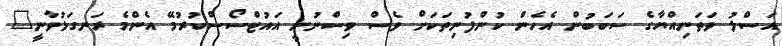
އަސްލު ވަތަނިއްޔާގެ ސަބަބުން އެހެން ކުންފުނިތަކަށް ވެސް ވިސްނުނީ އައުޓްސޯސްކުރުމޭ އެންމެ ރަނގަޅުވާނީ"